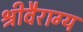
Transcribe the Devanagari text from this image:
श्रीवैराग्य